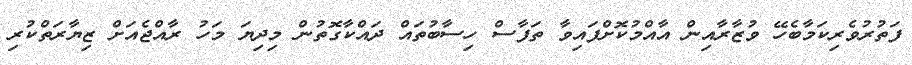
ފަތުރުވެރިކަމާބެހޭ ވުޒާރާއިން އާއްމުކޮށްފައިވާ ތަފާސް ހިސާބުތައް ދައްކާގޮތުން މިދިޔަ މަހު ރާއްޖެއަށް ޒިޔާރަތްކުރި